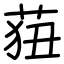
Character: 莥